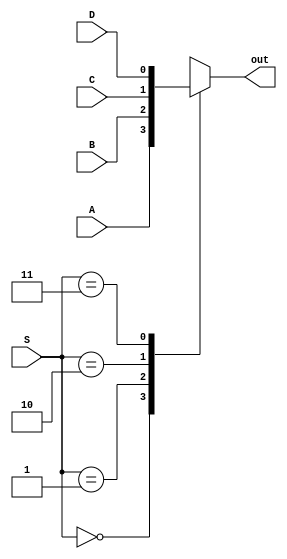
module mux(A, B, C, D, S, out);
	
	// input declarations
	input A, B, C, D;
	input [1:0] S;

	// output declarations
	output reg out;
	
	always@(*)
	begin

		case(S)
			0 : out = A; // if select = 00, assign A to out
			1 : out = B; // if select = 01, assign B to out
			2 : out = C; // if select = 10, assign C to out
			3 : out = D; // if select = 11, assign D to out

		endcase
	end

endmodule